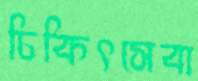
চিকিৎসেবা